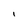
Character: I